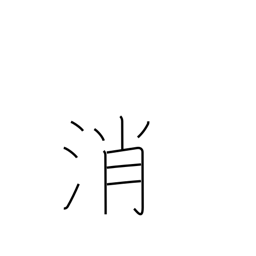
Meaning: neutralize